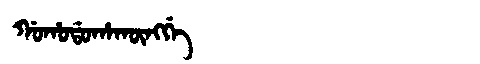
Manchu: ᡤᠣᡥᠣᡩᠣᡥᠠᡴᡡᠩᡤᡝ
Romanization: GOHODOHAKŪNGGE